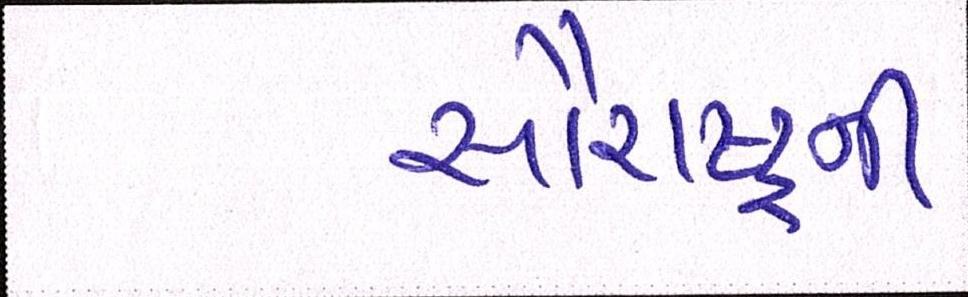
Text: સૌરાષ્ટ્રની